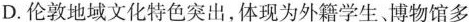
D.伦敦地域文化特色突出，体现为外籍学生、博物馆多